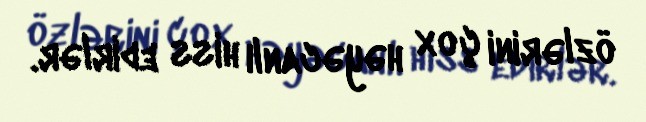
özlərini çox həyəcanlı hiss edirlər.